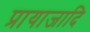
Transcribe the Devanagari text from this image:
प्रायाजादि